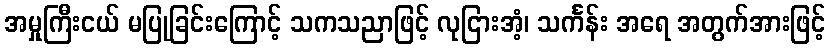
အမှုကြီးငယ် မပြုခြင်းကြောင့် သကသညာဖြင့် လုငြားအံ့၊ သင်္ကန်း အရေ အတွက်အားဖြင့်